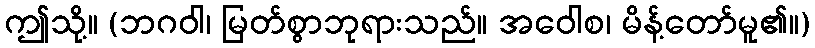
ဤသို့။ (ဘဂဝါ၊ မြတ်စွာဘုရားသည်။ အဝေါစ၊ မိန့်တော်မူ၏။)